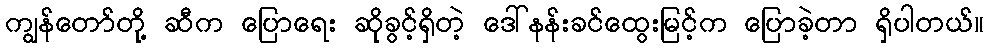
ကျွန်တော်တို့ ဆီက ပြောရေး ဆိုခွင့်ရှိတဲ့ ဒေါ်နန်းခင်ထွေးမြင့်က ပြောခဲ့တာ ရှိပါတယ်။